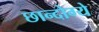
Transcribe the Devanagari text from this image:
छान्दोग्ये